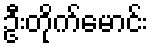
ဦးတိုက်မောင်း